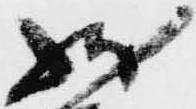
状